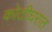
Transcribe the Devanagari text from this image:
कोठीघरात